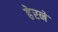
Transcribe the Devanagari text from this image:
हेरने